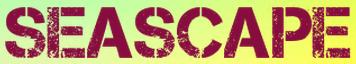
SEASCAPE